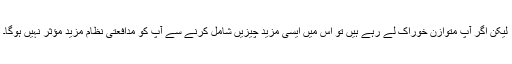
لیکن اگر آپ متوازن خوراک لے رہے ہیں تو اس میں ایسی مزید چیزیں شامل کرنے سے آپ کو مدافعتی نظام مزید مؤثر نہیں ہوگا۔